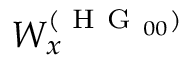
W _ { x } ^ { ( \mathrm { ~ H ~ G ~ } _ { 0 0 } ) }